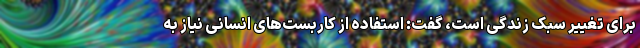
برای تغییر سبک زندگی است، گفت: استفاده از کاربست‌های انسانی نیاز به